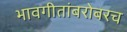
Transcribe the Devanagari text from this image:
भावगीतांबरोबरच